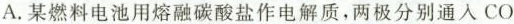
A.某燃料电池用熔融碳酸盐作电解质，两极分别通入CO